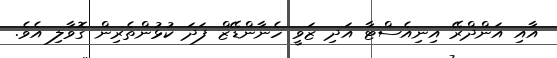
އާއި އަންދްރޭ އިނިއެސްޓާ އަދި ޒަވީ ހެނާންޑޭޒް ފަދަ ކުޅުންތެރިން ގޮވާލި އެވެ.